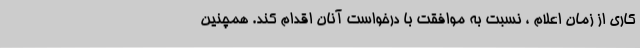
کاری از زمان اعلام ، نسبت به موافقت با درخواست آنان اقدام کند. همچنین